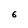
Character: 6